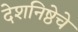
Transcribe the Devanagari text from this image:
देशनिष्ठेचे